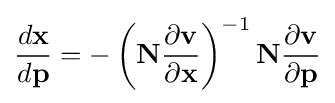
{\dfrac {d{\bf {x}}}{d{\bf {p}}}}=-\left({\bf {N}}{\frac {\partial \mathbf {v} }{\partial \mathbf {x} }}\right)^{-1}{\bf {N}}{\frac {\partial \mathbf {v} }{\partial \mathbf {p} }}